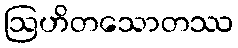
ဩဟိတသောတဿ